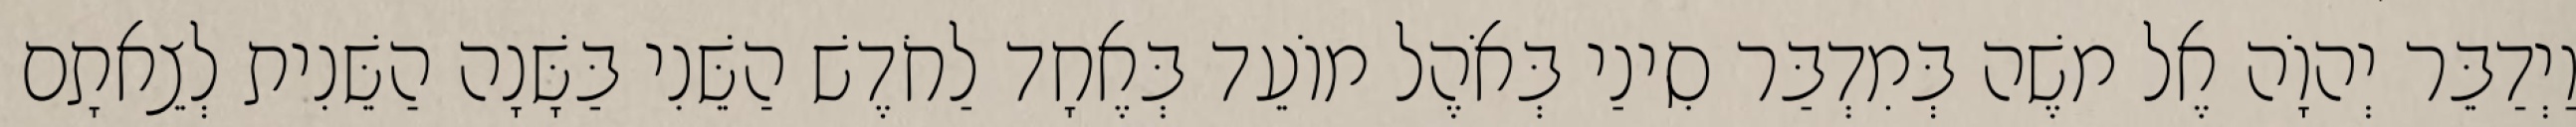
וַיְדַבֵּר יְהוָֹה אֶל משֶׁה בְּמִדְבַּר סִינַי בְּאֹהֶל מוֹעֵד בְּאֶחָד לַחֹדֶשׁ הַשֵּׁנִי בַּשָּׁנָה הַשֵּׁנִית לְצֵאתָם